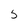
Character: 5